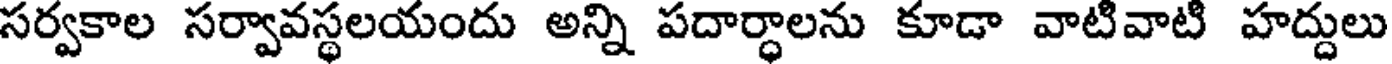
సర్వకాల సర్వావస్థలయందు అన్ని పదార్ధాలను కూడా వాటివాటి హద్దులు